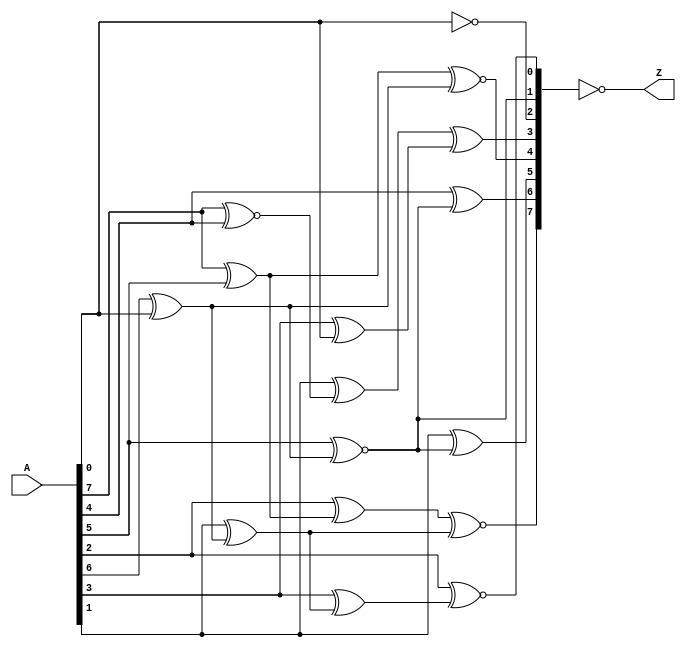
/*
* -----------------------------------------------------------------
* DOCUMENT: "Second-Order Low-Randomness d+1 Hardware Sharing of the AES" CCS'22
* -----------------------------------------------------------------
*
* Copyright (c) 2022, Aein Rezaei Shahmirzadi
*
* All rights reserved.
*
* THIS SOFTWARE IS PROVIDED BY THE COPYRIGHT HOLDERS AND CONTRIBUTORS "AS IS" AND
* ANY EXPRESS OR IMPLIED WARRANTIES, INCLUDING, BUT NOT LIMITED TO, THE IMPLIED
* WARRANTIES OF MERCHANTABILITY AND FITNESS FOR A PARTICULAR PURPOSE ARE
* DISCLAIMED. IN NO EVENT SHALL THE COPYRIGHT HOLDER OR CONTRIBUTERS BE LIABLE FOR ANY
* DIRECT, INDIRECT, INCIDENTAL, SPECIAL, EXEMPLARY, OR CONSEQUENTIAL DAMAGES
* (INCLUDING, BUT NOT LIMITED TO, PROCUREMENT OF SUBSTITUTE GOODS OR SERVICES;
* LOSS OF USE, DATA, OR PROFITS; OR BUSINESS INTERRUPTION) HOWEVER CAUSED AND
* ON ANY THEORY OF LIABILITY, WHETHER IN CONTRACT, STRICT LIABILITY, OR TORT
* (INCLUDING NEGLIGENCE OR OTHERWISE) ARISING IN ANY WAY OUT OF THE USE OF THIS
* SOFTWARE, EVEN IF ADVISED OF THE POSSIBILITY OF SUCH DAMAGE.
*
* Please see LICENSE and README for license and further instructions.
*/
module Affine_input(
    input [7:0] A,
    output reg [7:0] Z
    );

	reg R1, R2, R3, R4, R5, R6, R7, R8, R9;
	reg [7:0] B;

	always @(*) begin
	
		R1 = A[7] ^ A[5] ;
		R2 = A[7] ~^ A[4] ;
		R3 = A[6] ^ A[0] ;
		R4 = A[5] ~^ R3 ;
		R5 = A[4] ^ R4 ;
		R6 = A[3] ^ A[0] ;
		R7 = A[2] ^ R1 ;
		R8 = A[1] ^ R3 ;
		R9 = A[3] ^ R8 ;


		B[7] = R7 ~^ R8 ;
		B[6] = R5 ;
		B[5] = A[1] ^ R4 ;
		B[4] = R1 ~^ R3 ;
		B[3] = A[1] ^ R2 ^ R6 ;
		B[2] = ~ A[0] ;
		B[1] = R4 ;
		B[0] = A[2] ~^ R9 ;

		Z = ~ B;
	
	end
   
endmodule